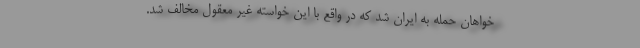
خواهان حمله به ایران شد که در واقع با این خواسته غیر معقول مخالف شد.